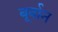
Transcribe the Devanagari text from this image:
बूर्बान